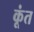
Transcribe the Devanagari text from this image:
कूंत